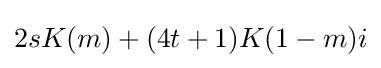
2sK(m)+(4t+1)K(1-m)i